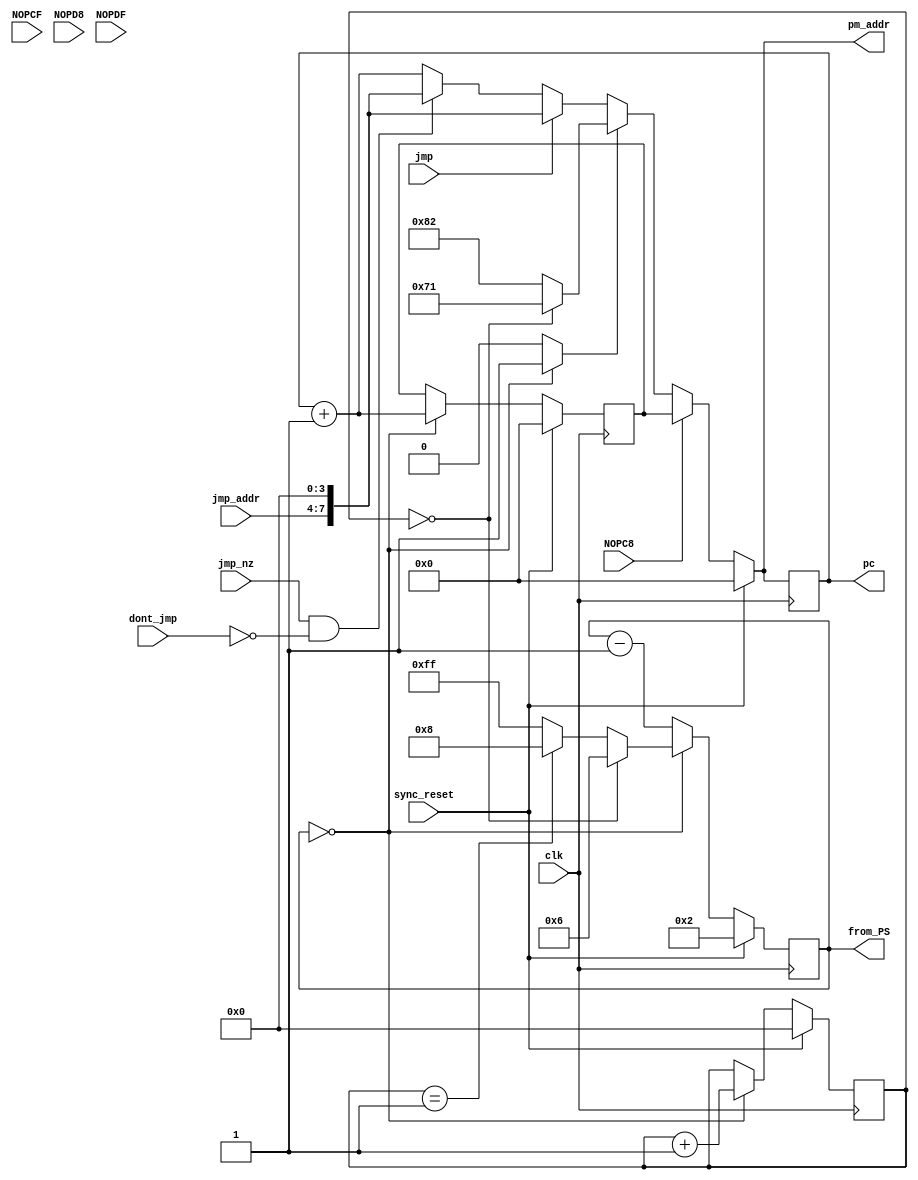
module program_sequencer(
	input clk, sync_reset, jmp, jmp_nz, dont_jmp,
	input NOPC8, NOPCF, NOPD8, NOPDF,		// inputs; will probably need in exam
	input [3:0] jmp_addr,
	output reg [7:0] pm_addr,
	output reg [7:0] pc,			// made output for final exam (instead of internal)
	output reg [7:0] from_PS			// made specifically for final exam scrambler
	);


always @ *
from_PS = counter;  // in exam
//from_PS = pc;		// testing prior to exam

// counter
reg [7:0] counter;
always @ (posedge clk)
if (sync_reset)
	counter = 8'd02;
else if (counter == 8'd0)
	if (reset_count == 4'd0)			// no prev resets - this is the first
		counter = 8'd6;
	else if (reset_count == 4'd1)		// one prev reset - this is the 2nd
		counter = 8'd8;
	else										// third or higher reset
		counter = 8'd255;
else
	counter = counter - 8'd1;

// reset_count
reg [3:0] reset_count;
always @ (posedge clk)
if (sync_reset)
	reset_count = 4'd0;
else if (counter == 8'd0)
	reset_count = reset_count + 4'd1;
else
	reset_count = reset_count;

// interrupt pulse
reg interrupt;
always @ *
if (counter == 8'd0)
	interrupt = 1'b1;
else
	interrupt = 1'b0;


always @ (posedge clk)
pc <= pm_addr;

// return_addr
reg [7:0] return_addr;
always @ (posedge clk)
if (sync_reset == 1'b1) 
	return_addr = 8'd0;
else if (counter == 8'd0) 
	return_addr = pc + 8'd1;
else
	return_addr = return_addr;


always @ *
if (sync_reset == 1'b1) 
	pm_addr = 8'd0;
else if (NOPC8)
	pm_addr = return_addr;
else if (interrupt)
	if (reset_count == 4'd0)
		pm_addr = 8'h71;
	else
		pm_addr = 8'h82;
else if (jmp == 1'b1) 
	pm_addr = {jmp_addr, 4'd0};
else if ((jmp_nz == 1'b1) && (dont_jmp == 1'b0)) 
	pm_addr = {jmp_addr, 4'd0};
else 
	pm_addr = pc + 8'd1;

endmodule